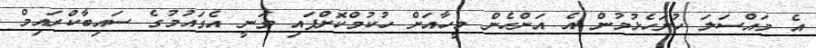
އެ މައްސަލަ ހުށަހެޅުމުން އެ އަންހެން މީހާއަށް ހުކުމްކޮށްފައި ވަނީ އެގައުމުގެ ސައިބާކްރައިމް